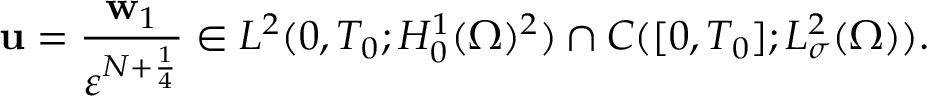
\mathbf { u } = \frac { \mathbf { w } _ { 1 } } { \ensuremath { \varepsilon } ^ { N + \frac 1 4 } } \in L ^ { 2 } ( 0 , T _ { 0 } ; H _ { 0 } ^ { 1 } ( \Omega ) ^ { 2 } ) \cap C ( [ 0 , T _ { 0 } ] ; L _ { \sigma } ^ { 2 } ( \Omega ) ) .